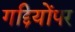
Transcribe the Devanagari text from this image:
गद्दियोंपर